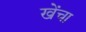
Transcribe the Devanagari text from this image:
खेंचा